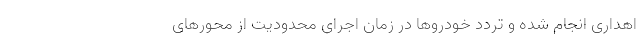
اهداری انجام شده و تردد خودروها در زمان اجرای محدودیت از محورهای